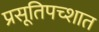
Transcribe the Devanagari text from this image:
प्रसूतिपच्शात